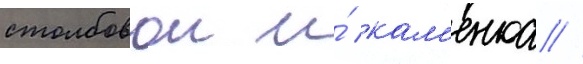
столбовои и́ кам'енка //